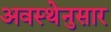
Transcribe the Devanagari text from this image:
अवस्थेनुसार